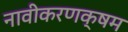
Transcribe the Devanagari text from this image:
नावीकरणक्षम